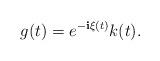
LaTeX: \begin{align*} g(t) = e^{-\textbf{i}\xi(t)}k(t). \end{align*}